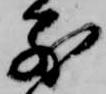
別